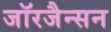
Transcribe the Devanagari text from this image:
जॉरजैन्सन